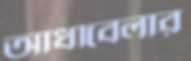
আধাবেলার